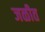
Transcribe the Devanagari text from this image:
जळीत